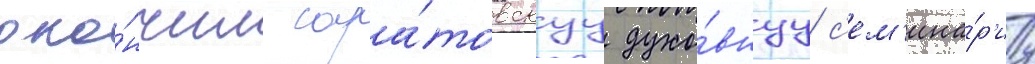
око́нчил сара́товскуу духо́внуу с'ем'ина́р'иу